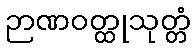
ဉာဏဝတ္ထုသုတ္တံ